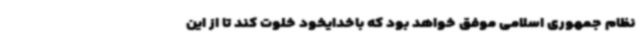
نظام جمهوری اسلامی موفق خواهد بود که باخدایخود خلوت کند تا از این